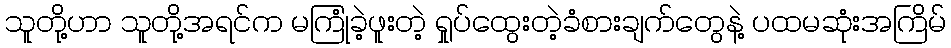
သူတို့ဟာ သူတို့အရင်က မကြုံခဲ့ဖူးတဲ့ ရှုပ်ထွေးတဲ့ခံစားချက်တွေနဲ့ ပထမဆုံးအကြိမ်